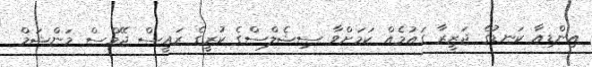
އިންޑިއާ ކަނޑުގެ ޖަޒީރާ ގައުމެއް ކަމަށްވާ ސިޝެލްސްގެ ކުރީގެ ރައީސް ޖޭމްސް މަންޝަމް